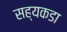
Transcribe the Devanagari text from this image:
सह्यकडा